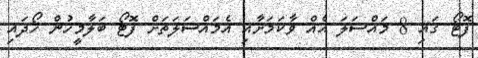
ފޮޓޯ ގައި 8 މައްސަލަ އެއް ވާކަމަށާއި އެމައްސަލަތަށް ފޮޓޯ ބަލާމީހުން ހޯދައި